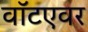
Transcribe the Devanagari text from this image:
वॉटएवर